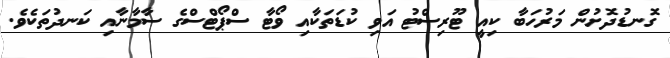
ގޮނޑުދޮށުން މަރުހަބާ ކިއީ ޓޫރިސްޓު އަވި ކުޑަތަކާއި ވޯޓާ ސްޕޯޓްސްގެ ސާމާނާއި ކަނދުތަކެވެ.